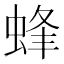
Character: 蜂